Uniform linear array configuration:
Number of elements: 48
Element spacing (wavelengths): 0.75
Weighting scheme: cosine
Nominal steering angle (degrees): -30
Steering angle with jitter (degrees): -29.053
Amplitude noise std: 0.05
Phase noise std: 0.05

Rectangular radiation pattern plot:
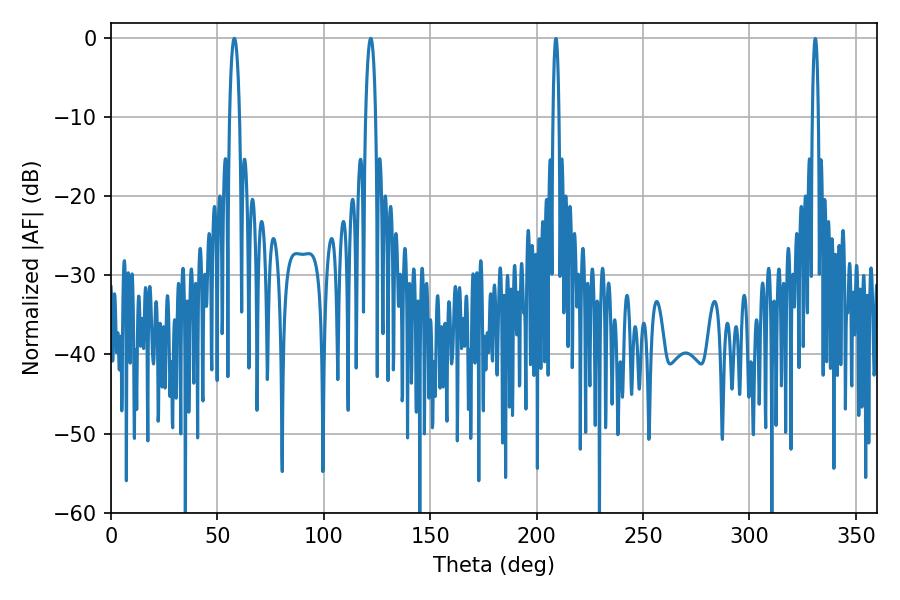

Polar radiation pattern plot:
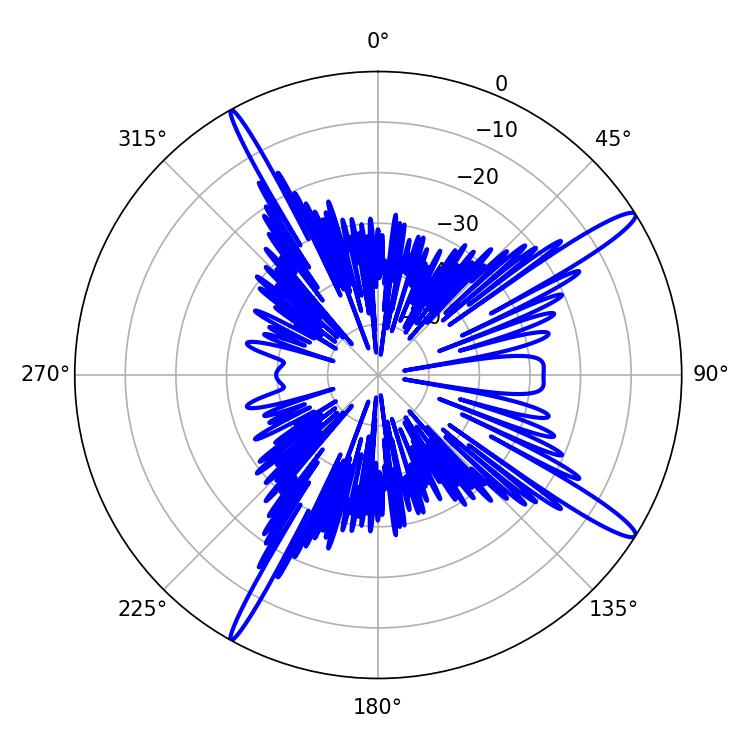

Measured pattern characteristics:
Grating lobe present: TRUE
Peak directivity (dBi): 15.344
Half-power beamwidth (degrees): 2.52
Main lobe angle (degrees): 57.96